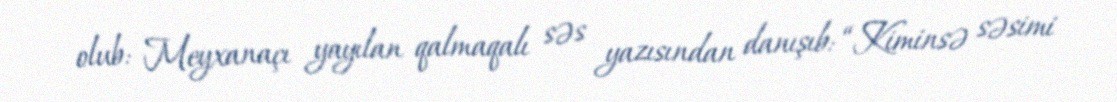
olub: Meyxanaçı yayılan qalmaqalı səs yazısından danışıb: “Kiminsə səsimi